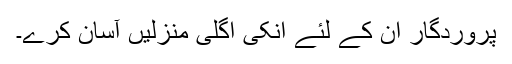
پروردگار ان کے لئے انکی اگلی منزلیں آسان کرے۔